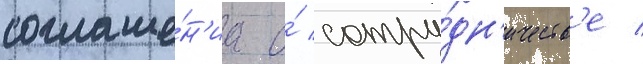
соглаше́н'иа о́ сотру́дн'ичеств'е /